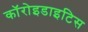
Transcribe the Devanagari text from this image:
कॉरोइडाइटिस